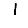
Digit: 1